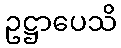
ဥဋ္ဌာပေသိ